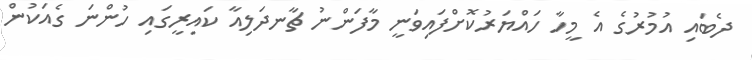
ދެބައި އުމުރުގެ އެ މީހާ ހައްޔަރުކޮށްފައިވަނީ މާފަންނު ޗާނދަލިއާ ކައިރީގައި ހުންނަ ގެއަކުން